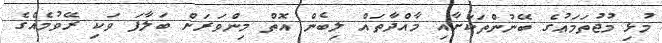
މުޅި މުޖުތަމަޢުގެ ބޭނުންތަކަށާއި މާއްދާތައް ލިބެން އޮތް މިންވަރަށް ބަލާފަ ވަކި ރޭވުމެއްގެ